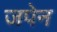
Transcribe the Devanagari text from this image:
जपेन